Bombay plague: being a history of the progress of plague in the Bombay presidency from September 1896 to June 1899
Year: 1896
Disease focus: Plague
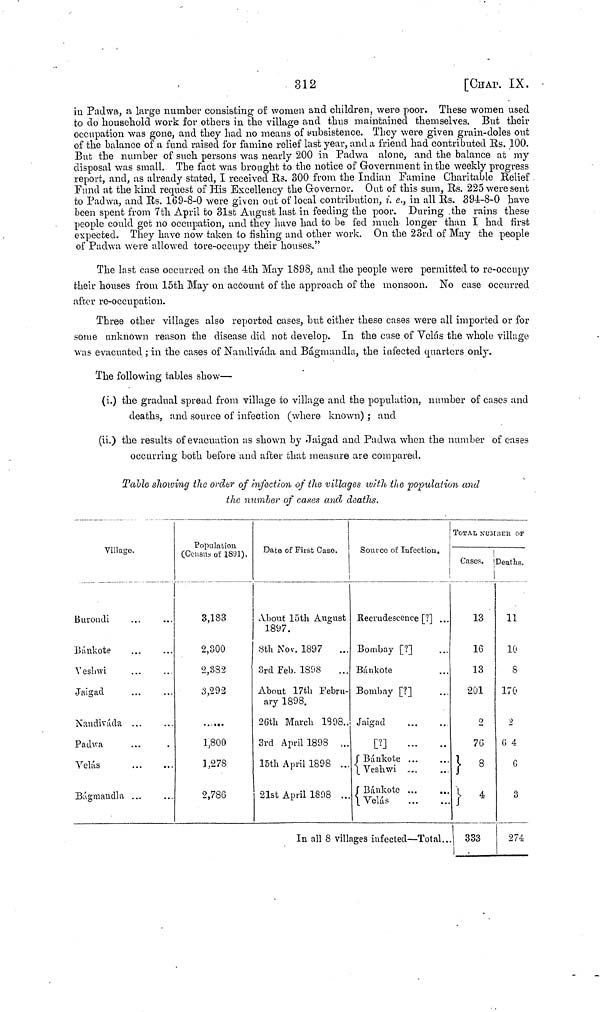
312
[CHAP. IX.
in Padwa, a large number consisting of women and children, were poor. These women used
to do household work for others in the village and thus maintained themselves. But their
occupation was gone, and they had no means of subsistence. They were given grain-doles out
of the balance of a fund raised for famine relief last year, and a friend had contributed Rs. 100.
But the number of such persons was nearly 200 in Padwa alone, and the balance at my
disposal was small. The fact was brought to the notice of Government in the weekly progress
report, and, as already stated, I received Rs. 300 from the Indian Famine Charitable Relief
Fund at the kind request of His Excellency the Governor. Out of this sum, Rs. 225 were sent
to Padwa, and Rs. 169-8-0 were given out of local contribution, i. e., in all Rs. 394-8-0 have
been spent from 7th April to 31st August last in feeding the poor. During the rains these
people could get no occupation, and they have had to be fed much longer than I had first
expected. They have now taken to fishing and other work. On the 23rd of May the people
of Padwa were allowed tore-occupy their houses."
The last case occurred on the 4th May 1898, and the people were permitted to re-occupy
their houses from 15th May on account of the approach of the monsoon. No case occurred
after re-occupation.
Three other villages also reported cases, but either these cases were all imported or for
some unknown reason the disease did not develop. In the case of Veins the whole village
was evacuated ; in the cases of Nandiváda and Bágmandla, the infected quarters only.
The following tables show—
(i.) the gradual spread from village to village and the population, number of cases and
deaths, and source of infection (where known) ; and
(ii.) the results of evacuation as shown by Jaigad and Padwa when the number of cases
occurring both before and after that measure are compared.
Table showing the order of infection of the villages with the population and
the number of cases and deaths.
Village.
Burondi
Bánkote
Veshwi
Jaigad
Nandiváda ...
Padwa
Velás
Bágmandla ...
Population
(Census of 1891).
3,183
2,300
2,382
3,292
......
1,800
3,278
2,786
Date of First Case.
About 15th August
1897.
8th Nov. 1897
3rd Feb. 1898
About 17th Febru-
ary 1898.
26th March 1898.
3rd April 1898 ...
15th April 1898 ...
21st April 1898 ...
Source of Infection.
Recrudescence [?] ...
Bombay [?]
Bánkote ...
Bombay [?]
Jaigad ...
[?]
Bánkote ...
Veshwi
....
Bánkote ...
...
Velás
In all 8 villages infected — Total..
TOTAL NUMBER OF
Cases.
13
16
13
201
2
76
} 8
} 4
333
Deaths.
11
10
8
170
2
64
6
3
274